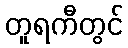
တူရကီတွင်